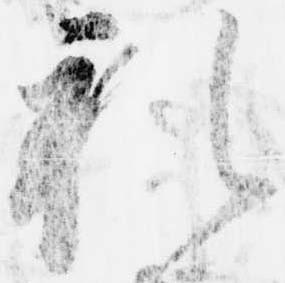
礼